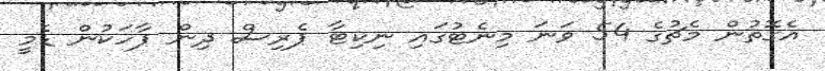
އެގޮތުން މެޗުގެ 54 ވަނަ މިނެޓުގައި ނިކިޓާ ޕެރިސް ދިން ޕާހަކުން ޑެމީ